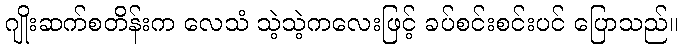
ဂျိုးဆက်စတိန်းက လေသံ သဲ့သဲ့ကလေးဖြင့် ခပ်စင်းစင်းပင် ပြောသည်။